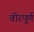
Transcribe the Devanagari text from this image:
वीरपूर्ण